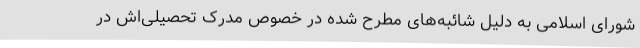
شورای اسلامی به دلیل شائبه‌های مطرح شده در خصوص مدرک تحصیلی‌اش در